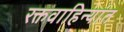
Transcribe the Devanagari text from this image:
रक्तवाहिन्यांत